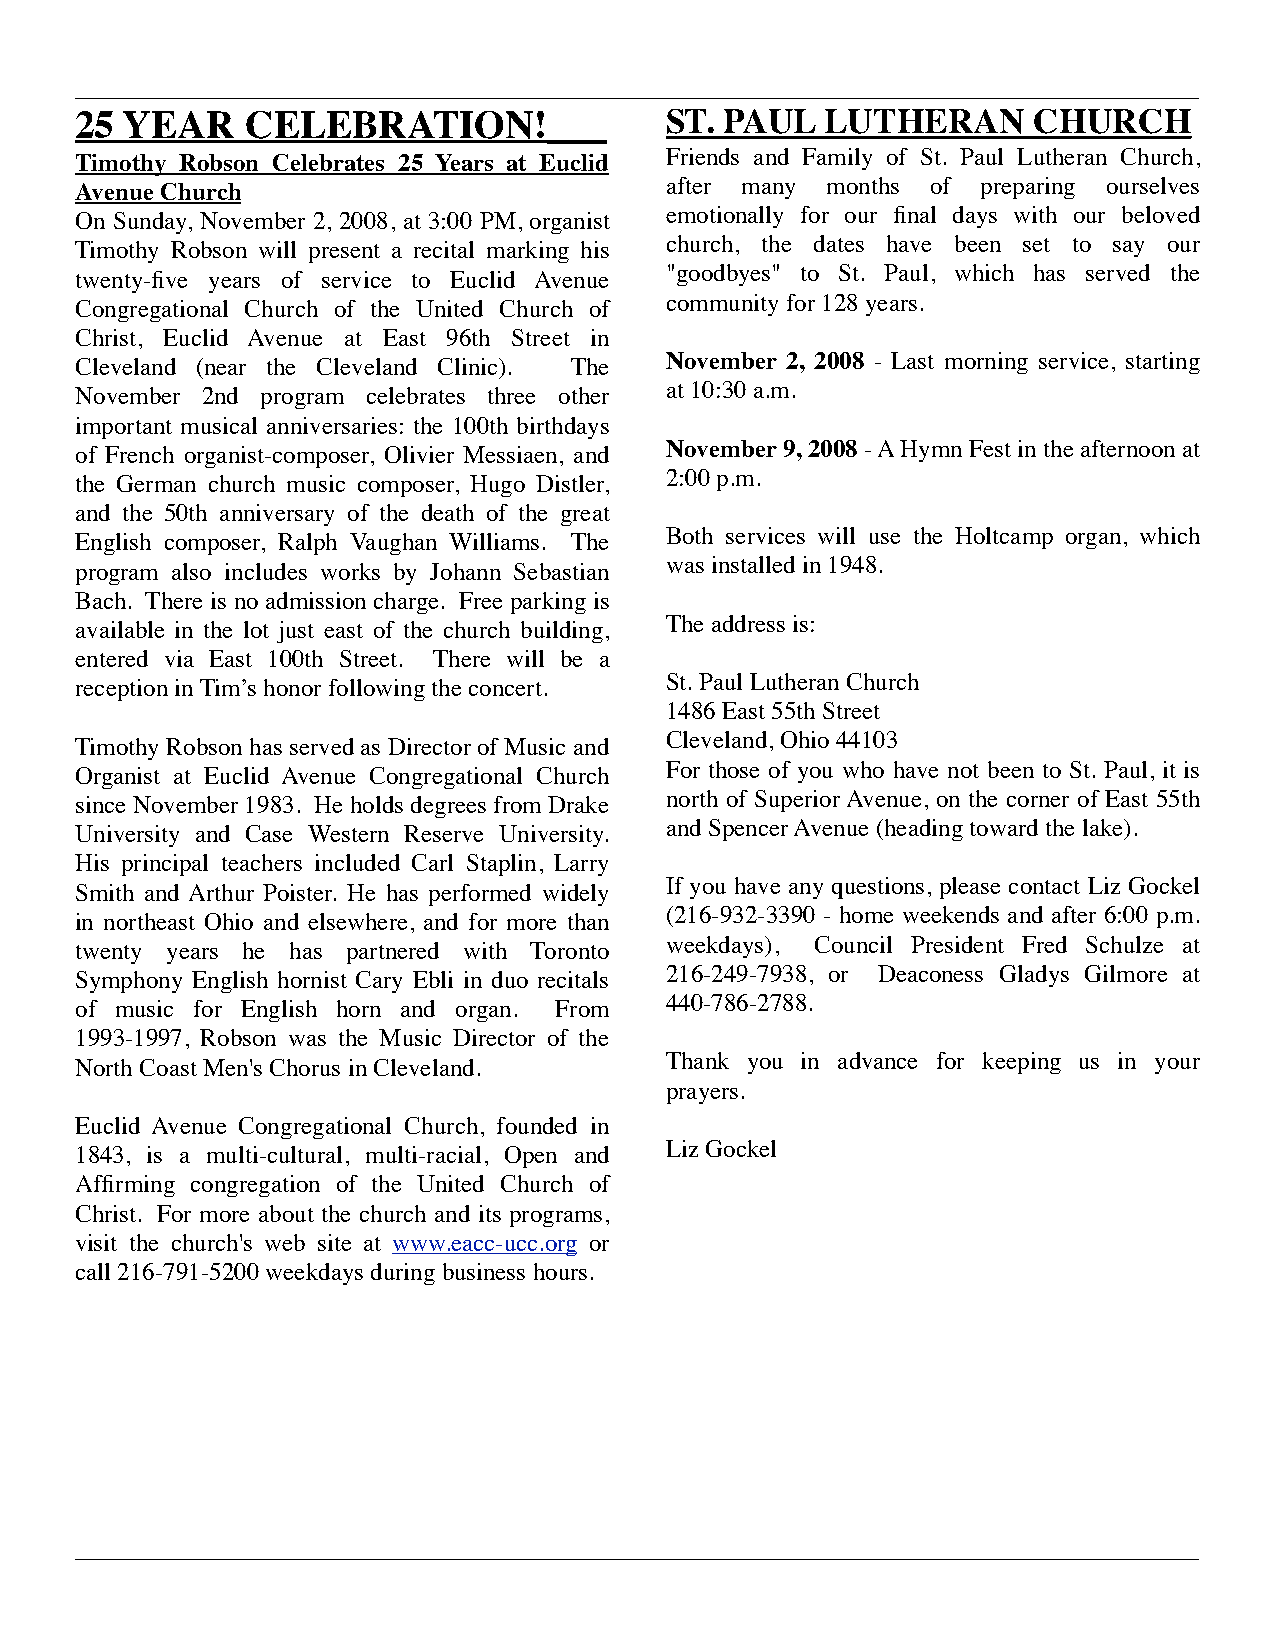
_________________________________________________________________________________________________
 25 YEAR    CELEBRATION!___             ST. PAUL   LUTHERAN     CHURCH
 Timothy Robson Celebrates 25 Years at Euclid Friends and Family of St. Paul Lutheran Church,
 Avenue Church                          after many months of preparing ourselves
 On Sunday, November 2, 2008, at 3:00 PM, organist emotionally for our final days with our beloved
 Timothy Robson will present a recital marking his church, the dates have been set to say our
 twenty-five years of service to Euclid Avenue "goodbyes" to St. Paul, which has served the
 Congregational Church of the United Church of community for 128 years.
 Christ, Euclid Avenue at East 96th Street in
 Cleveland (near the Cleveland Clinic). The November 2, 2008 - Last morning service, starting
 November 2nd program celebrates three other at 10:30 a.m.
 important musical anniversaries: the 100th birthdays
 of French organist-composer, Olivier Messiaen, and November 9, 2008 - A Hymn Fest in the afternoon at
 the German church music composer, Hugo Distler, 2:00 p.m.
 and the 50th anniversary of the death of the great
 English composer, Ralph Vaughan Williams. The Both services will use the Holtcamp organ, which
 program also includes works by Johann Sebastian was installed in 1948.
 Bach. There is no admission charge. Free parking is
 available in the lot just east of the church building, The address is:
 entered via East 100th Street. There will be a
 reception in Tim’s honor following the concert. St. Paul Lutheran Church
 1486 East 55th Street
 Timothy Robson has served as Director of Music and Cleveland, Ohio 44103
 Organist at Euclid Avenue Congregational Church For those of you who have not been to St. Paul, it is
 since November 1983. He holds degrees from Drake north of Superior Avenue, on the corner of East 55th
 University and Case Western Reserve University. and Spencer Avenue (heading toward the lake).
 His principal teachers included Carl Staplin, Larry
 Smith and Arthur Poister. He has performed widely If you have any questions, please contact Liz Gockel
 in northeast Ohio and elsewhere, and for more than (216-932-3390 - home weekends and after 6:00 p.m.
 twenty years he has partnered with Toronto weekdays), Council President Fred Schulze at
 Symphony English hornist Cary Ebli in duo recitals 216-249-7938, or Deaconess Gladys Gilmore at
 of music for English horn and organ. From 440-786-2788.
 1993-1997, Robson was the Music Director of the
 North Coast Men's Chorus in Cleveland. Thank you in advance for keeping us in your
 prayers.
 Euclid Avenue Congregational Church, founded in
 1843, is a multi-cultural, multi-racial, Open and Liz Gockel
 Affirming congregation of the United Church of
 Christ. For more about the church and its programs,
 visit the church's web site at www.eacc-ucc.org or
 call 216-791-5200 weekdays during business hours.
 _________________________________________________________________________________________________